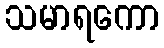
သမာရကော